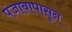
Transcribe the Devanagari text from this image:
पंजाबापासून